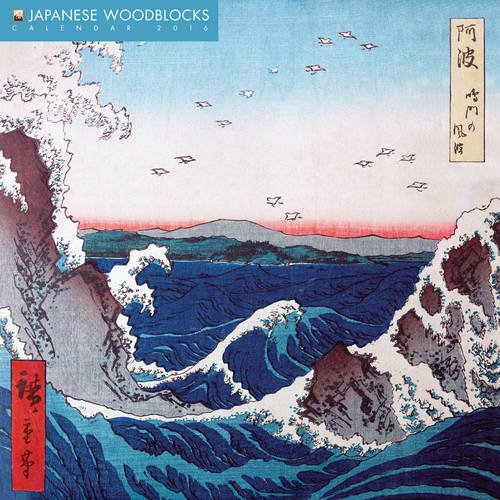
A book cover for Japanese Woodblocks 2016 Square 12x12 (Glitter Cover) Flame Tree; Browntrout Publishers; Arts & Photography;